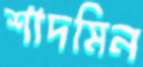
শাদমিন